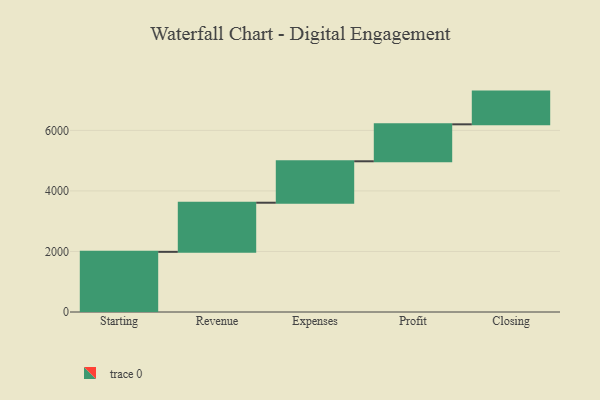
{"axis": {"x": "Step", "y": "Value"}, "legend": [""], "data": [{"x": "Starting", "y": 1987.0, "type": ""}, {"x": "Revenue", "y": 1623.0, "type": ""}, {"x": "Expenses", "y": 1369.0, "type": ""}, {"x": "Profit", "y": 1221.0, "type": ""}, {"x": "Closing", "y": 1081.0, "type": ""}]}